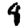
Digit: 8